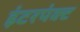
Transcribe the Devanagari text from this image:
इंटरपंक्ट